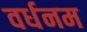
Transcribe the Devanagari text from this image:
वर्धनम